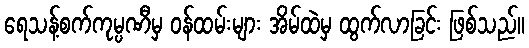
ရေသန့်စက်ကုမ္ပဏီမှ ဝန်ထမ်းများ အိမ်ထဲမှ ထွက်လာခြင်း ဖြစ်သည်။